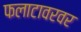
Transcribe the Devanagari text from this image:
फलाटावरवर